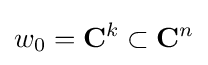
w_{0}=\mathbf {C} ^{k}\subset \mathbf {C} ^{n}